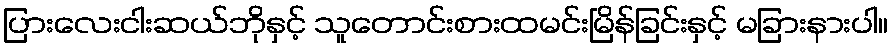
ပြားလေးငါးဆယ်ဘိုနှင့် သူတောင်းစားထမင်းမြိန်ခြင်းနှင့် မခြားနားပါ။